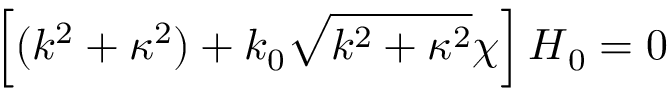
\left[ ( k ^ { 2 } + \kappa ^ { 2 } ) + k _ { 0 } \sqrt { k ^ { 2 } + \kappa ^ { 2 } } \chi \right] \ensuremath { \boldsymbol { H } } _ { 0 } = 0